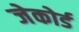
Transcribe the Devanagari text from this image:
जेकोर्ड